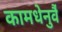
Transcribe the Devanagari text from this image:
कामधेनुर्वै